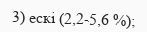
3) ескі (2,2-5,6 %);